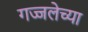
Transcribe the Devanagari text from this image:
गज्जलेच्या